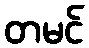
တမင်